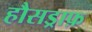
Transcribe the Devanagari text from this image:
हौसड्राफ़